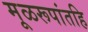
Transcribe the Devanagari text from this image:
मूळरूपांतहि